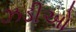
ઝડીઓ